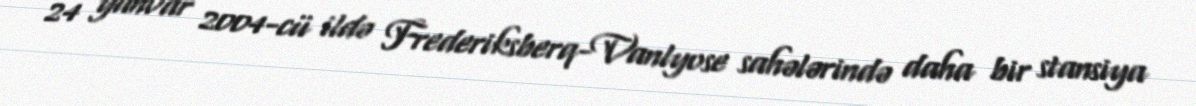
24 yanvar 2004-cü ildə Frederiksberq-Vanlyose sahələrində daha bir stansiya